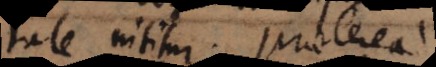
tate nititur. Praeterea